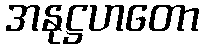
အနုဋ္ဌဟတော